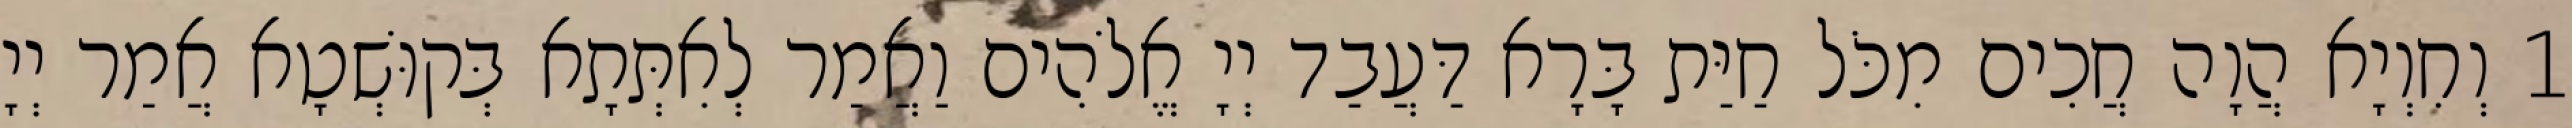
1 וְחִוְיָא הֲוָה חֲכִים מִכֹּל חַיַּת בָּרָא דַּעֲבַד יְיָ אֱלֹהִים וַאֲמַר לְאִתְּתָא בְּקוּשְׁטָא אֲמַר יְיָ